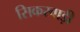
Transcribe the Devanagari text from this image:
सिकरवाड़ी